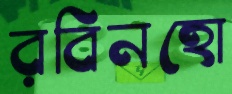
রবিনহো